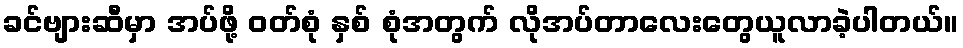
ခင်ဗျားဆီမှာ အပ်ဖို့ ဝတ်စုံ နှစ် စုံအတွက် လိုအပ်တာလေးတွေယူလာခဲ့ပါတယ်။